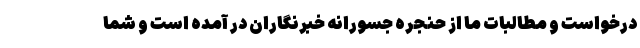
درخواست و مطالبات ما از حنجره جسورانه خبرنگاران در آمده است و شما